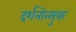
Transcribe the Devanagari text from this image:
दर्शनोत्सुक